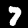
Digit: 7